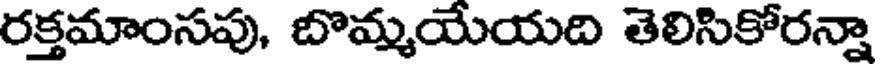
రక్తమాంసపు, బొమ్మయేయది తెలిసికోరన్నా